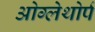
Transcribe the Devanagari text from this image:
ओग्लेथोर्प